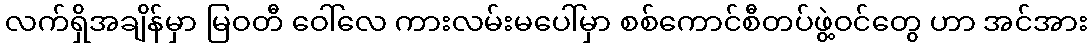
လက်ရှိအချိန်မှာ မြဝတီ ဝေါ်လေ ကားလမ်းမပေါ်မှာ စစ်ကောင်စီတပ်ဖွဲ့ဝင်တွေ ဟာ အင်အား